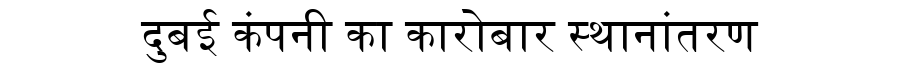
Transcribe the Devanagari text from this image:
दुबई कंपनी का कारोबार स्थानांतरण